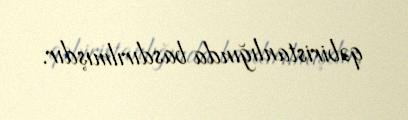
qəbiristanlığında basdırılmışdır.